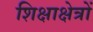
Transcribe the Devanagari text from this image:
शिक्षाक्षेत्रों